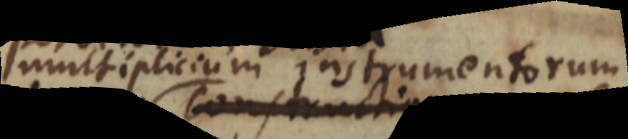
multiplicium instrumentorum